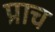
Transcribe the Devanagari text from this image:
प्राच